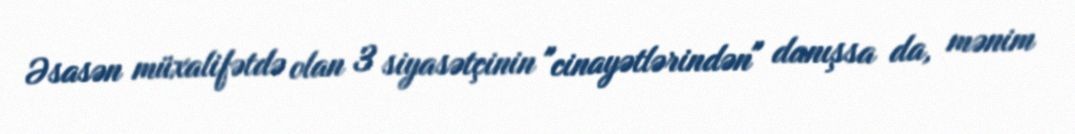
Əsasən müxalifətdə olan 3 siyasətçinin "cinayətlərindən" danışsa da, mənim